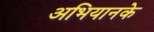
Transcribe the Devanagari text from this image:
अभियानके